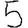
Digit: 5